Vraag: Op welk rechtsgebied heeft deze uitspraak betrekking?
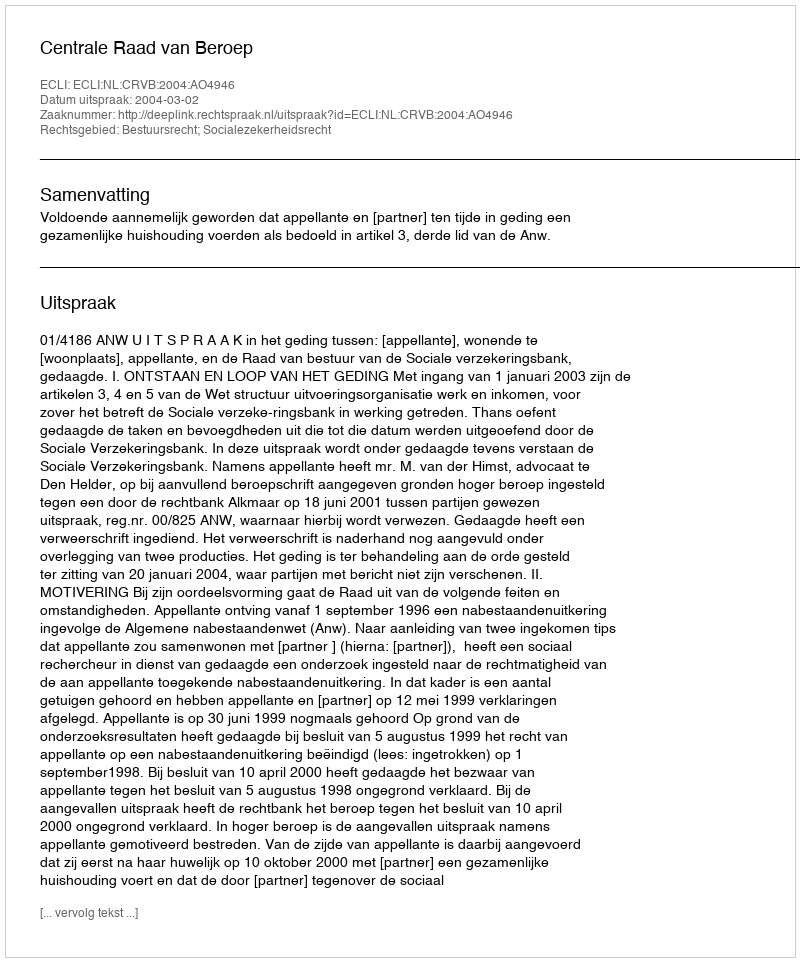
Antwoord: Bestuursrecht; Socialezekerheidsrecht